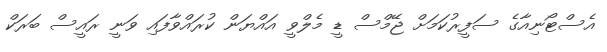
އެސްޓޯނިއާގެ ސަފީރުކަމަށް ޖޭމްސް ޑީ މެލްވީ އައްޔަން ކުރައްވާފައި ވަނީ ރައީސް ބަރަކް